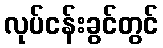
လုပ်ငန်းခွင်တွင်